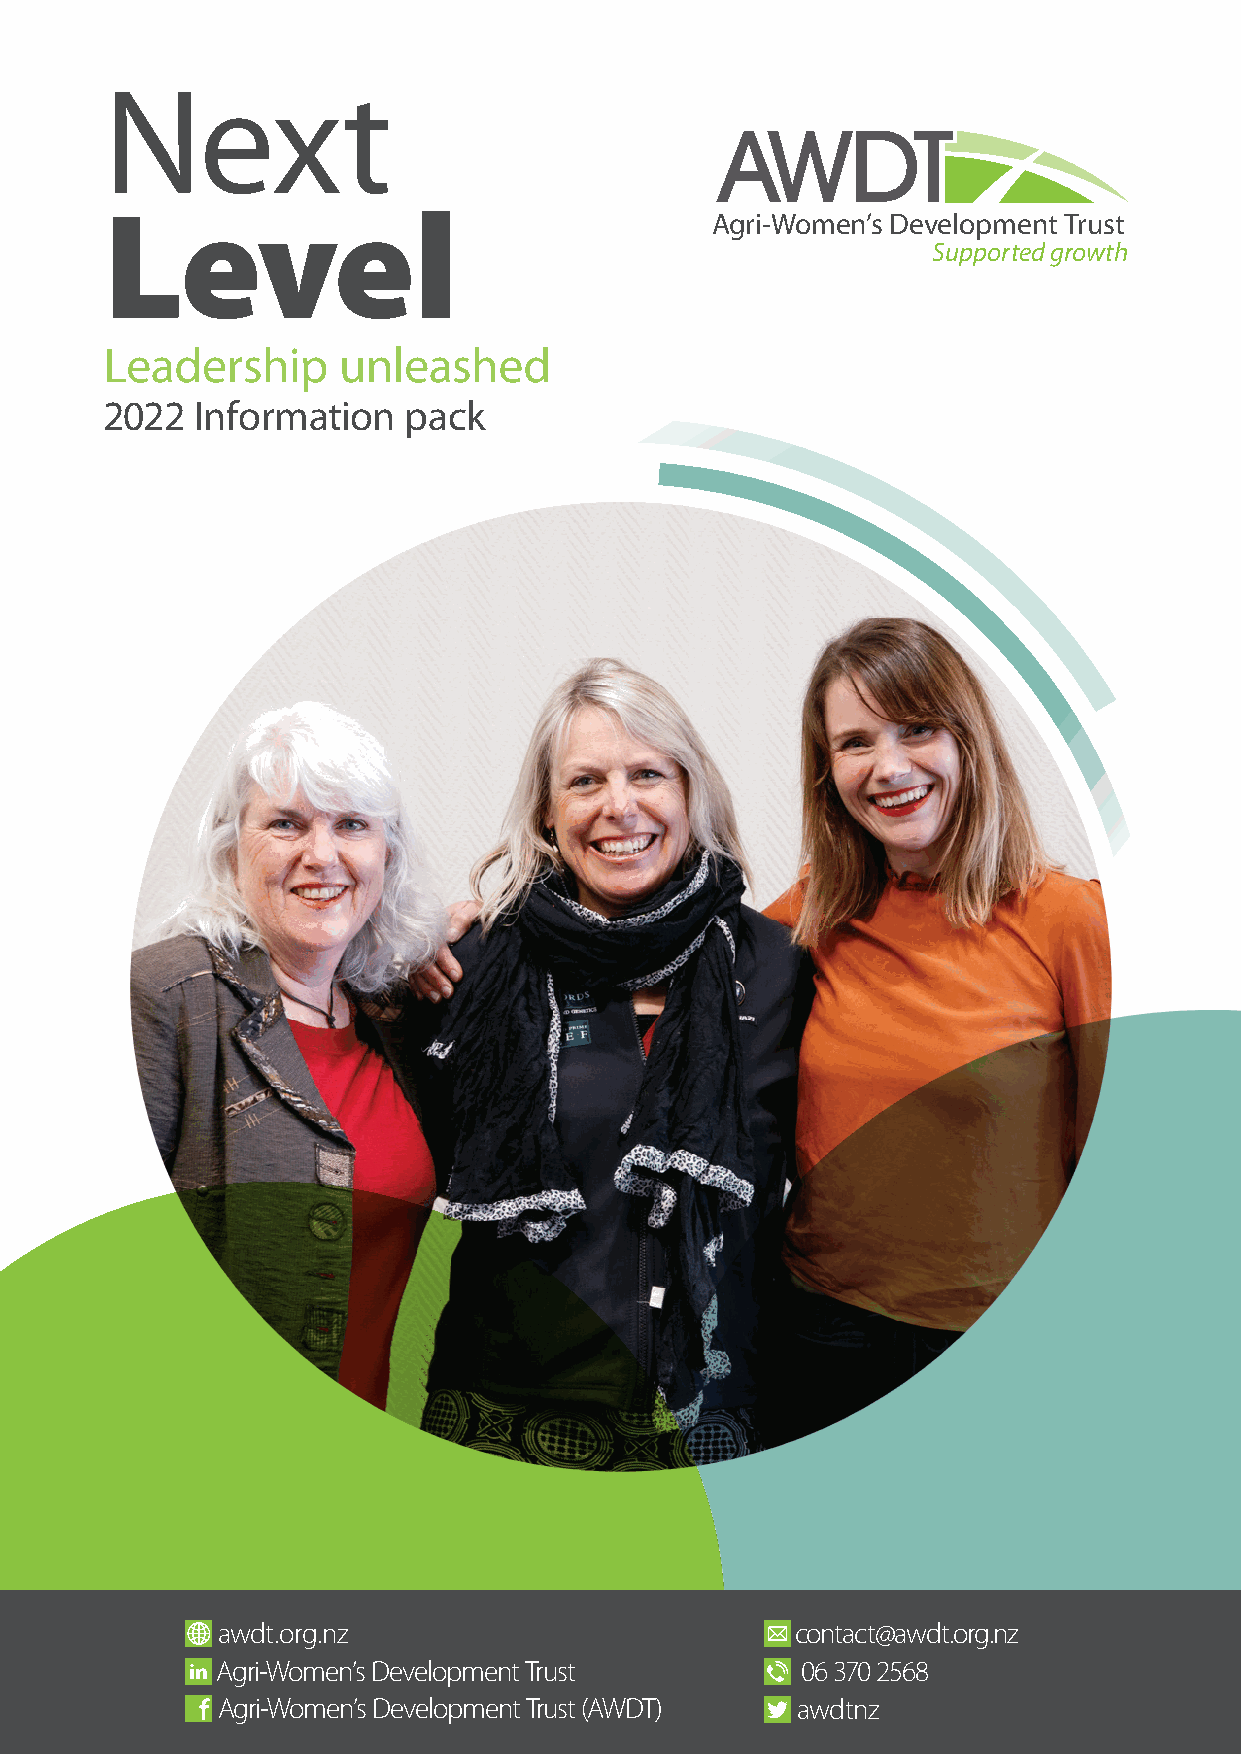
Next
 Level
 Agri-Women’s Development Trust
 Supported growth
 Leadership     unleashed
 2022  Information   pack
 aawwddtt..oorrgg..nnzz                 ccoonnttaacctt@@aawwddtt..oorrgg..nnzz
 awdt.org.nz
 AAggrrii--WWoommeenn’’ss DDeevveellooppmmeenntt TTrruusstt 0066 337700 22556688
 1
 awdtnz    Agri-Women’s Development Trust (AWDT) contact@awdt.org.nz 06 370 2568
 AAggrrii--WWoommeenn’’ss DDeevveellooppmmeenntt TTrruusstt ((AAWWDDTT)) aawwddttnnzz